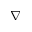
\nabla